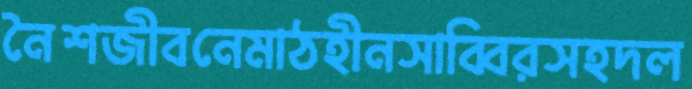
নৈশজীবনেমাঠহীনসাব্বিরসহদল